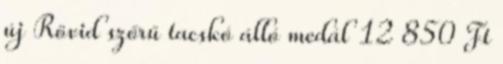
új Rövid szőrű tacskó álló medál 12 850 Ft